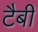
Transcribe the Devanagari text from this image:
टैबी